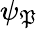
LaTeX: \psi_{\mathfrak{P}}